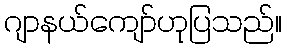
ဂျာနယ်ကျော်ဟုပြသည်။